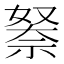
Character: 𮂃